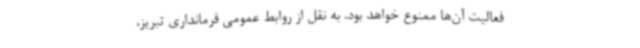
فعالیت آن‌ها ممنوع خواهد بود. به نقل از روابط عمومی فرمانداری تبریز،